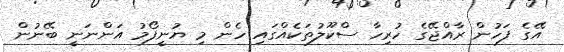
އޭގެ ފަހުން ރާއްޖޭގެ ހުރިހާ ސްކޫލުތަކެއްގައި ހެން މި ޔުނީފޯމު އަންނަނީ ބޭނުން